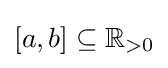
[a,b]\subseteq \mathbb {R} _{>0}